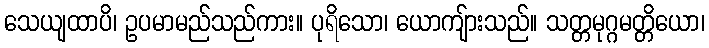
သေယျထာပိ၊ ဥပမာမည်သည်ကား။ ပုရိသော၊ ယောကျ်ားသည်။ သတ္တမုဂ္ဂမတ္တိယော၊